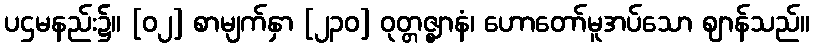
ပဌမနည်း၌။ [၀၂] စာမျက်နှာ [၂၃၀] ဝုတ္တဇ္ဈာနံ၊ ဟောတော်မူအပ်သော ဈာန်သည်။